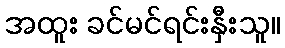
အထူး ခင်မင်ရင်းနှီးသူ။